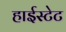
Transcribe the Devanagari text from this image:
हाईस्टेट